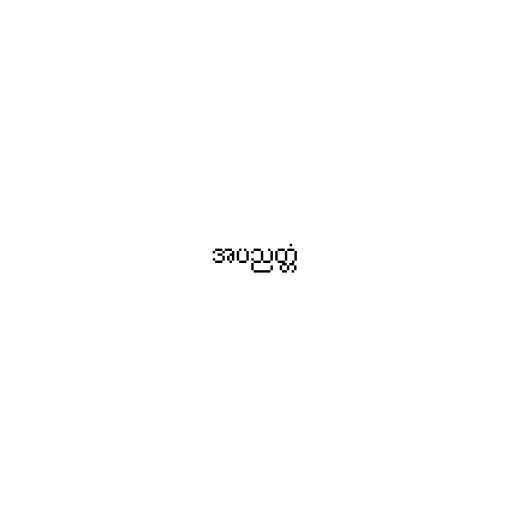
အပညတ္တံ